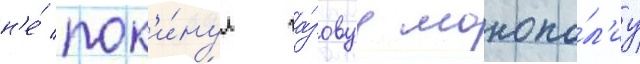
н'е́ пок'и́нул га́зовуу монопо́л'иу